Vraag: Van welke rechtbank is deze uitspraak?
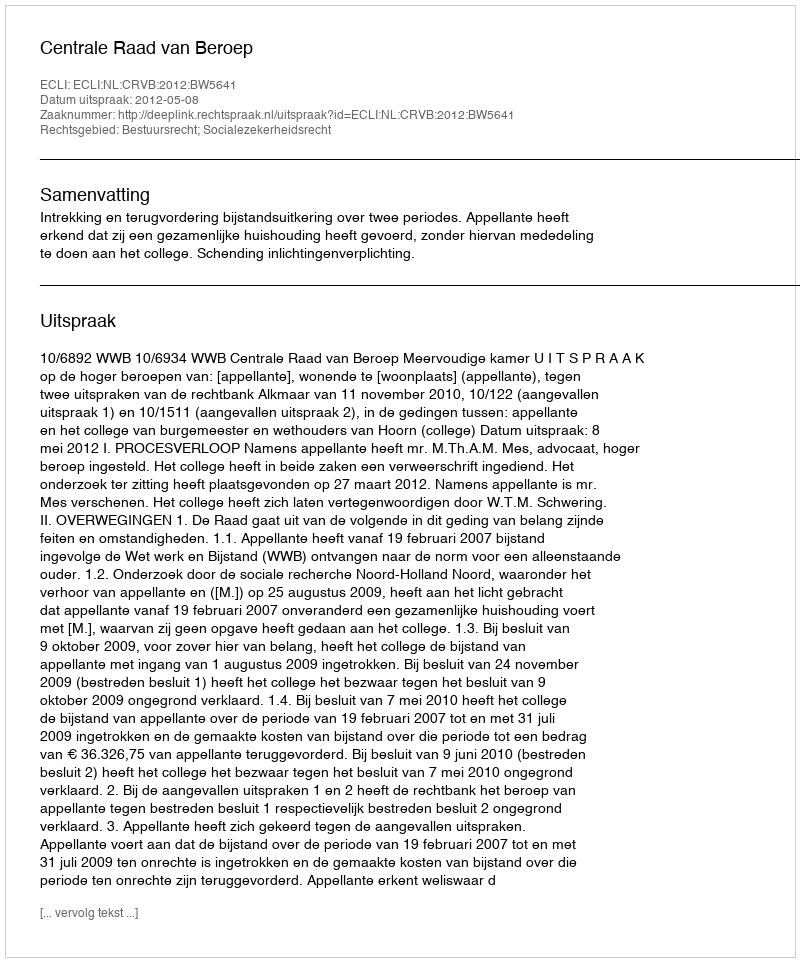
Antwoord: Centrale Raad van Beroep